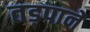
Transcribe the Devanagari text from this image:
तड़पाने